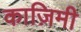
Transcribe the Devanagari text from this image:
काज़िमी